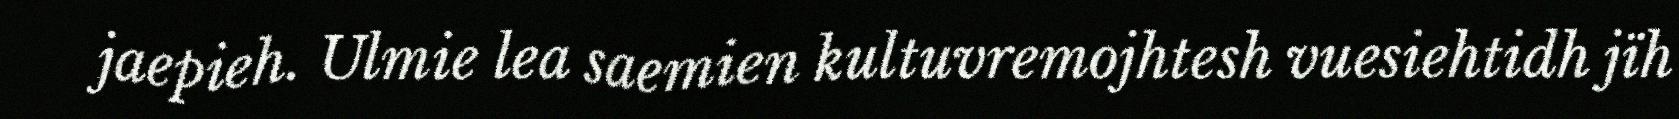
jaepieh. Ulmie lea saemien kultuvremojhtesh vuesiehtidh jïh